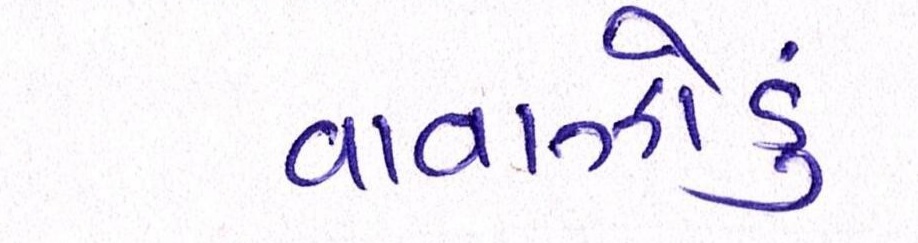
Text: વાવાઝોડું